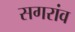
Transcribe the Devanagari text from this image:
सगरांव